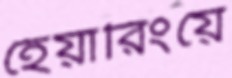
হেয়ারিংয়ে